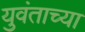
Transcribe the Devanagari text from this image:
युवंताच्या